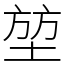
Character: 堃